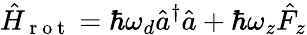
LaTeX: \hat{H}_{\mathrm{~r~o~t~}}=\hbar\omega_{d}\hat{a}^{\dagger}\hat{a}+\hbar\omega_{z}\hat{F}_{z}